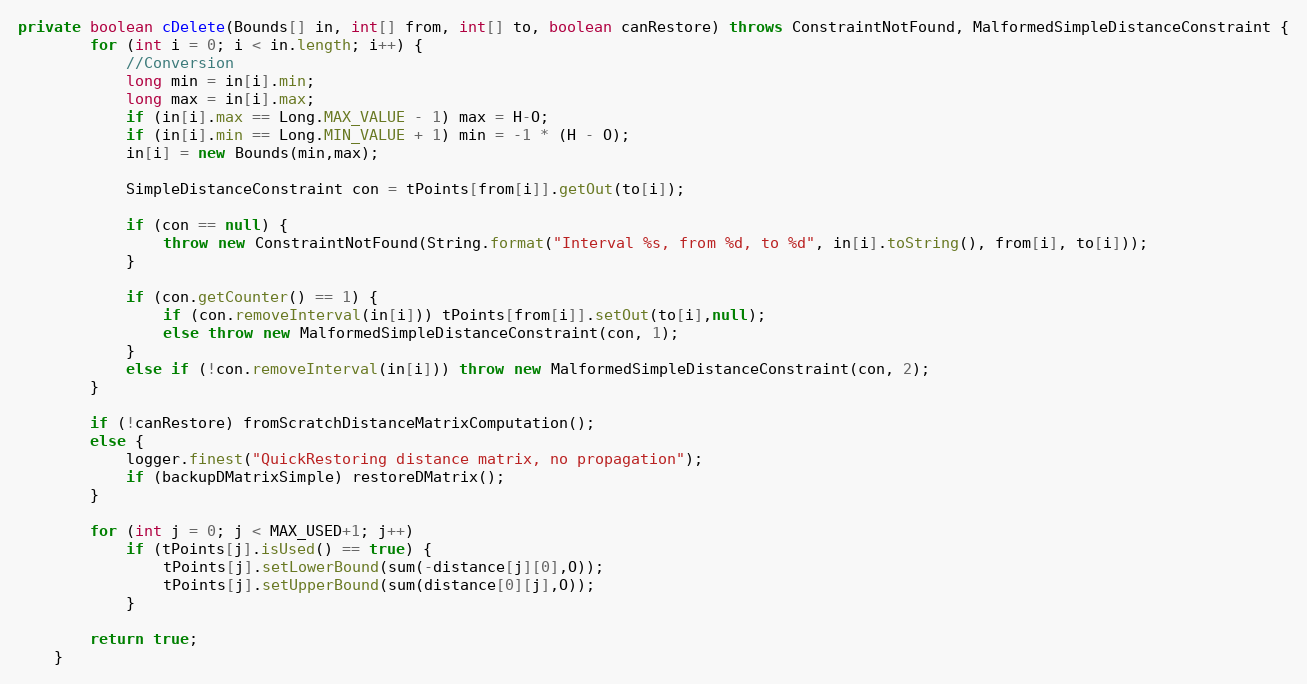
Language: Java
private boolean cDelete(Bounds[] in, int[] from, int[] to, boolean canRestore) throws ConstraintNotFound, MalformedSimpleDistanceConstraint {
		for (int i = 0; i < in.length; i++) {
			//Conversion
			long min = in[i].min;
			long max = in[i].max;
			if (in[i].max == Long.MAX_VALUE - 1) max = H-O;
			if (in[i].min == Long.MIN_VALUE + 1) min = -1 * (H - O);
			in[i] = new Bounds(min,max);

			SimpleDistanceConstraint con = tPoints[from[i]].getOut(to[i]);

			if (con == null) {
				throw new ConstraintNotFound(String.format("Interval %s, from %d, to %d", in[i].toString(), from[i], to[i]));
			}

			if (con.getCounter() == 1) {
				if (con.removeInterval(in[i])) tPoints[from[i]].setOut(to[i],null);
				else throw new MalformedSimpleDistanceConstraint(con, 1);
			}
			else if (!con.removeInterval(in[i])) throw new MalformedSimpleDistanceConstraint(con, 2);
		}

		if (!canRestore) fromScratchDistanceMatrixComputation();
		else {
			logger.finest("QuickRestoring distance matrix, no propagation");
			if (backupDMatrixSimple) restoreDMatrix();
		}

		for (int j = 0; j < MAX_USED+1; j++)
			if (tPoints[j].isUsed() == true) {
				tPoints[j].setLowerBound(sum(-distance[j][0],O));
				tPoints[j].setUpperBound(sum(distance[0][j],O));
			}

		return true;
	}